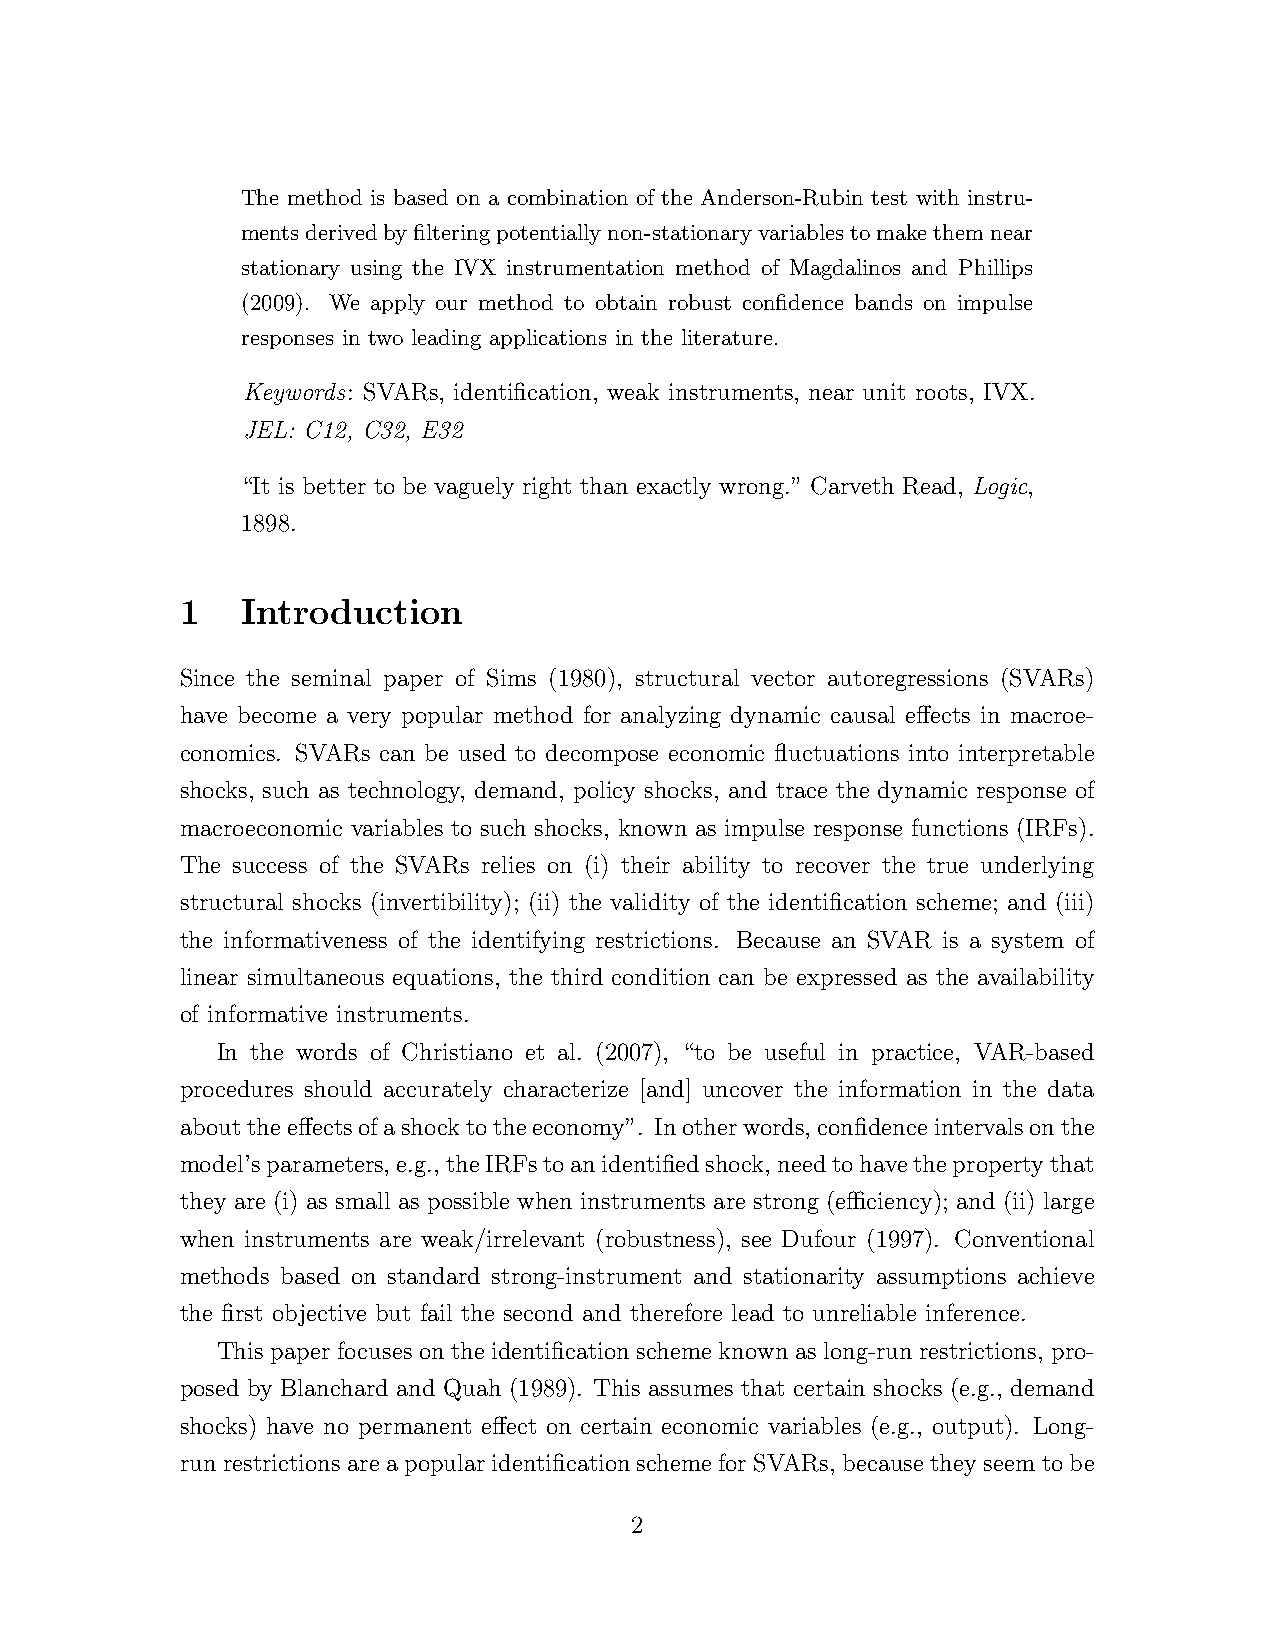
The method is based on a combination of the Anderson-Rubin test with instru-
 mentsderivedbyfilteringpotentiallynon-stationaryvariablestomakethemnear
 stationary using the IVX instrumentation method of Magdalinos and Phillips
 (2009). We apply our method to obtain robust confidence bands on impulse
 responses in two leading applications in the literature.
 Keywords: SVARs, identification, weak instruments, near unit roots, IVX.
 JEL: C12, C32, E32
 “It is better to be vaguely right than exactly wrong.” Carveth Read, Logic,
 1898.
 1   Introduction
 Since the seminal paper of Sims (1980), structural vector autoregressions (SVARs)
 have become a very popular method for analyzing dynamic causal effects in macroe-
 conomics. SVARs can be used to decompose economic fluctuations into interpretable
 shocks, such as technology, demand, policy shocks, and trace the dynamic response of
 macroeconomic variables to such shocks, known as impulse response functions (IRFs).
 The success of the SVARs relies on (i) their ability to recover the true underlying
 structural shocks (invertibility); (ii) the validity of the identification scheme; and (iii)
 the informativeness of the identifying restrictions. Because an SVAR is a system of
 linear simultaneous equations, the third condition can be expressed as the availability
 of informative instruments.
 In the words of Christiano et al. (2007), “to be useful in practice, VAR-based
 procedures should accurately characterize [and] uncover the information in the data
 abouttheeffectsofashocktotheeconomy”. Inotherwords,confidenceintervalsonthe
 model’sparameters,e.g.,theIRFstoanidentifiedshock,needtohavethepropertythat
 they are (i) as small as possible when instruments are strong (efficiency); and (ii) large
 when instruments are weak/irrelevant (robustness), see Dufour (1997). Conventional
 methods based on standard strong-instrument and stationarity assumptions achieve
 the first objective but fail the second and therefore lead to unreliable inference.
 This paper focuses on the identification scheme known as long-run restrictions, pro-
 posed by Blanchard and Quah (1989). This assumes that certain shocks (e.g., demand
 shocks) have no permanent effect on certain economic variables (e.g., output). Long-
 runrestrictionsareapopularidentificationschemeforSVARs, becausetheyseemtobe
 2